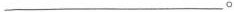
__________。